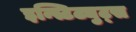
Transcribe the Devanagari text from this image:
इन्स्टिट्युट्स